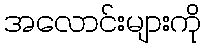
အလောင်းများကို